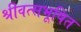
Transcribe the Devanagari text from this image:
श्रीवत्सभूषित